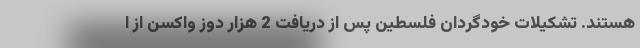
هستند. تشکیلات خودگردان فلسطین پس از دریافت 2 هزار دوز واکسن از ا